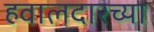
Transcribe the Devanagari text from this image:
हवालदारच्या